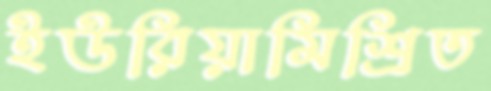
ইউরিয়ামিশ্রিত